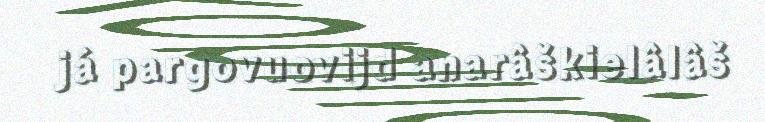
já pargovuovijd anarâškielâlâš